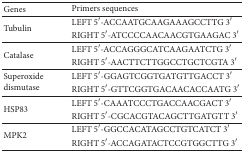
<table><thead><tr><td><b>Genes </b></td><td><b>Primers sequences </b></td></tr></thead><tbody><tr><td rowspan="2">Tubulin </td><td>LEFT 5′-ACCAATGCAAGAAAGCCTTG 3′</td></tr><tr><td>RIGHT 5′-ATCCCCAACAACGTGAAGAC 3′</td></tr><tr><td rowspan="2">Catalase </td><td>LEFT 5′-ACCAGGGCATCAAGAATCTG 3′</td></tr><tr><td>RIGHT 5′-AACTTCTTGGCCTGCTCGTA 3′</td></tr><tr><td rowspan="2">Superoxide dismutase </td><td>LEFT 5′-GGAGTCGGTGATGTTGACCT 3′</td></tr><tr><td>RIGHT 5′-GTTCGGTGACAACACCAATG 3′</td></tr><tr><td rowspan="2">HSP83 </td><td>LEFT 5′-CAAATCCCTGACCAACGACT 3′</td></tr><tr><td>RIGHT 5′-CGCACGTACAGCTTGATGTT 3′</td></tr><tr><td rowspan="2">MPK2 </td><td>LEFT 5′-GGCCACATAGCCTGTCATCT 3′</td></tr><tr><td>RIGHT 5′-ACCAGATACTCCGTGGCTTG 3′</td></tr></tbody></table>